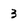
Character: 3